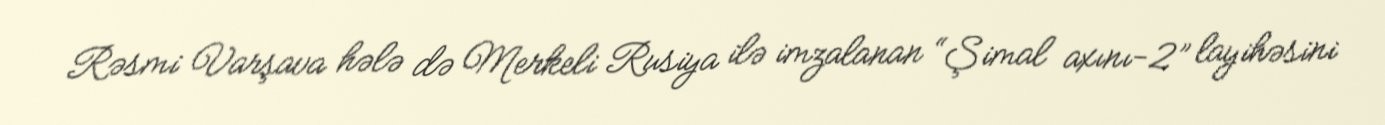
Rəsmi Varşava hələ də Merkeli Rusiya ilə imzalanan “Şimal axını-2” layihəsini